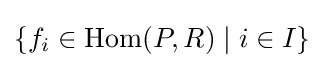
\{f_{i}\in \mathrm {Hom} (P,R)\mid i\in I\}